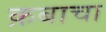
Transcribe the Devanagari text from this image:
क़बाचा